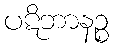
ပဋိဘာနဉ္စ